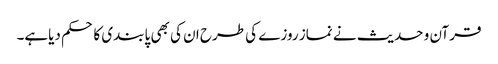
قرآن و حدیث نے نماز روزے کی طرح ان کی بھی پابندی کا حکم دیاہے۔